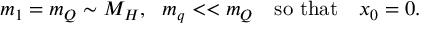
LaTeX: m _ { 1 } = m _ { Q } \sim M _ { H } , ~ ~ m _ { q } < < m _ { Q } ~ ~ ~ \mathrm { s o ~ t h a t } ~ ~ ~ x _ { 0 } = 0 .